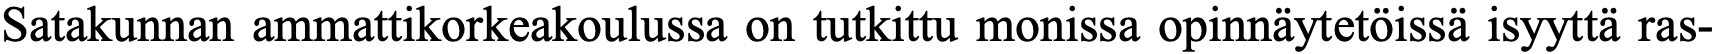
Satakunnan ammattikorkeakoulussa on tutkittu monissa opinnäytetöissä isyyttä ras-